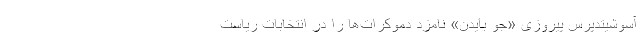
آسوشیتدپرس پیروزی «جو بایدن» نامزد دموکرات‌ها را در انتخابات ریاست